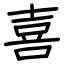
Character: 喜